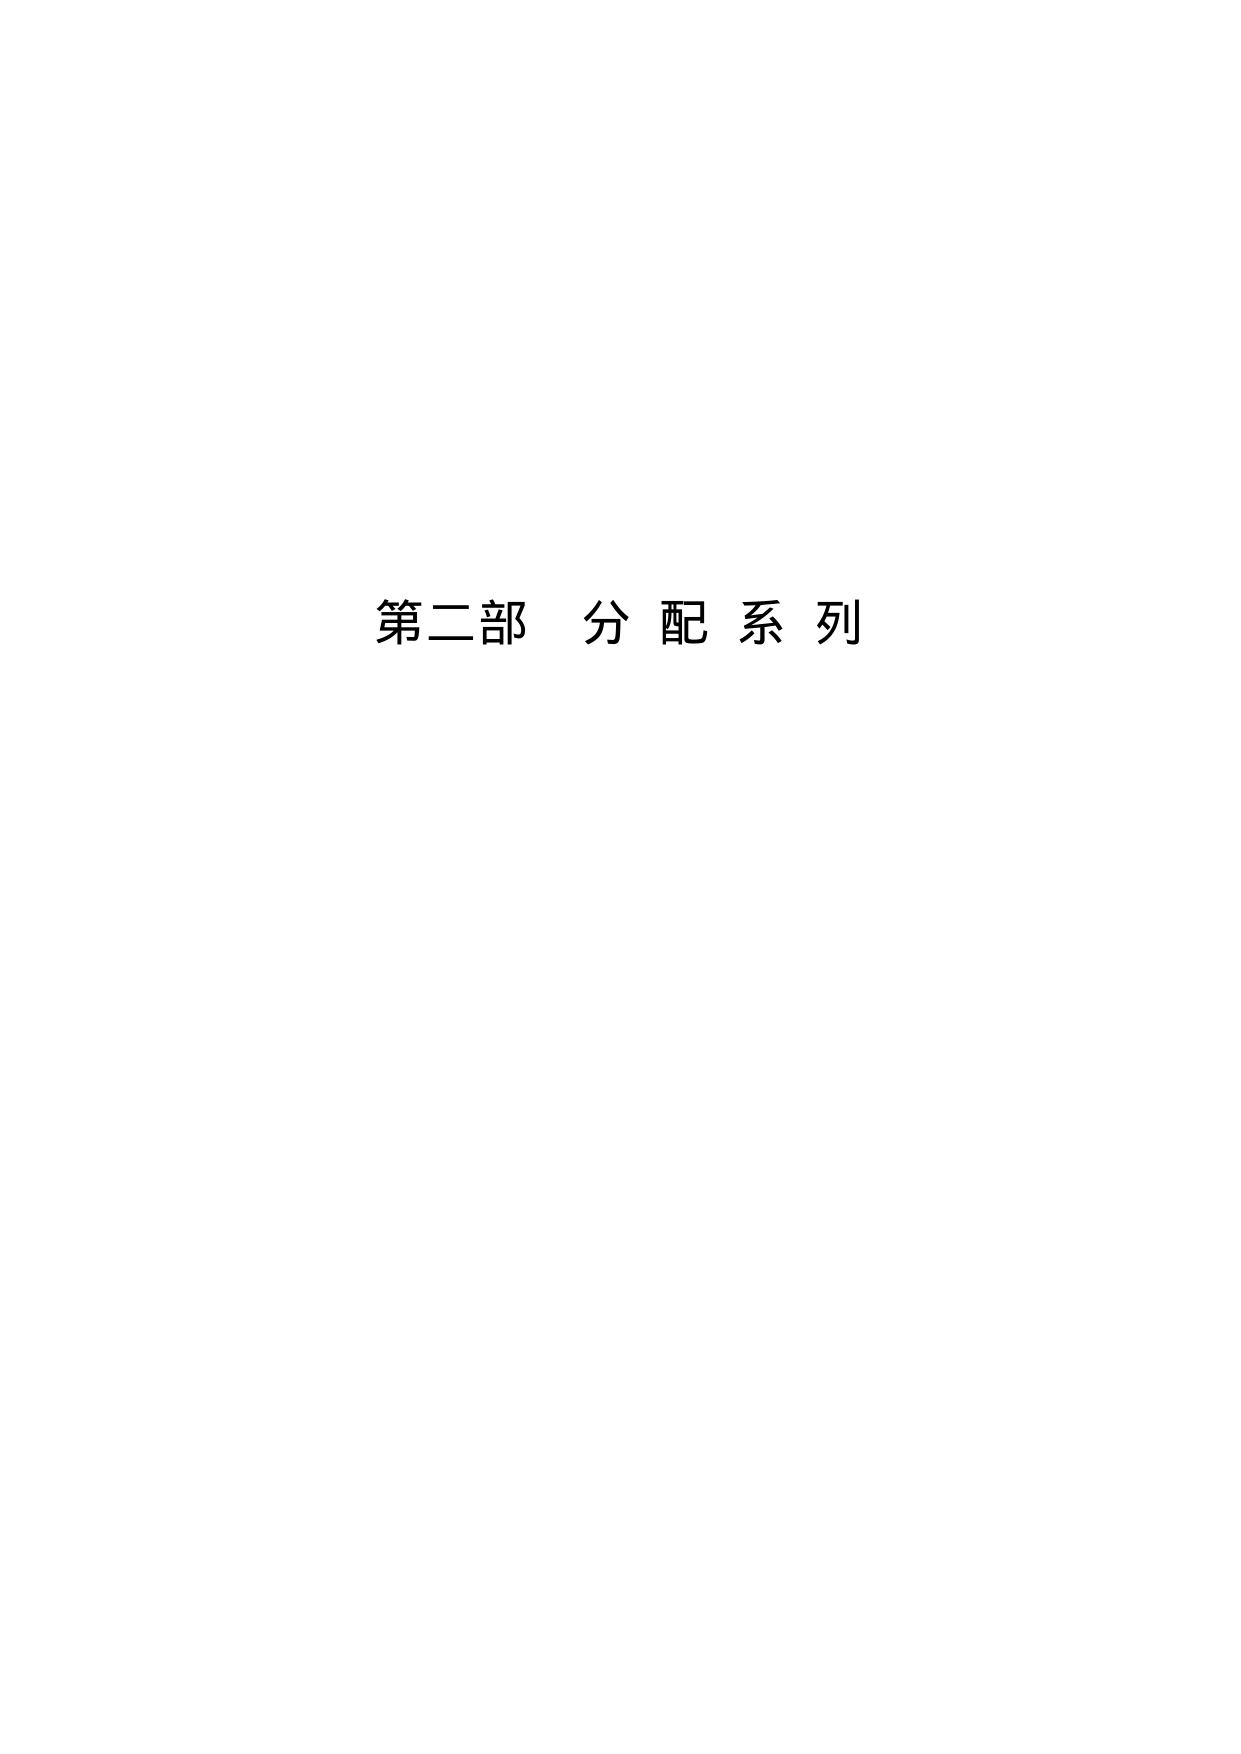
第二部 分配系列